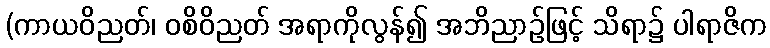
(ကာယဝိညတ်၊ ဝစိဝိညတ် အရာကိုလွန်၍ အဘိညာဉ်ဖြင့် သိရာ၌ ပါရာဇိက